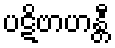
ပဋိဗာဟန္တီ